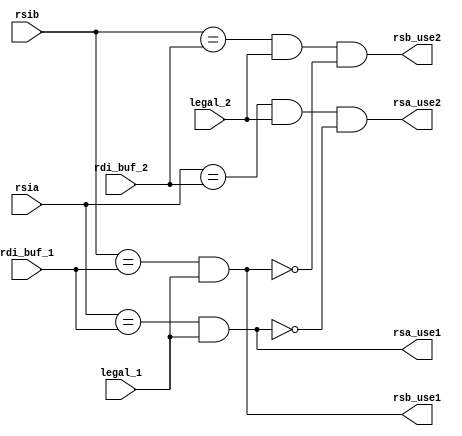
module forward_ctrl (
    rsia,
    rsib,
    rdi_buf_1,
    legal_1,
    rdi_buf_2,
    legal_2,
    rsa_use1,
    rsa_use2,
    rsb_use1,
    rsb_use2);

    input [4:0] rsia;
    input [4:0] rsib;
    input [4:0] rdi_buf_1;
    input legal_1;
    input [4:0] rdi_buf_2;
    input legal_2;
    output rsa_use1;
    output rsa_use2;
    output rsb_use1;
    output rsb_use2;

    assign rsa_use1 = (rsia == rdi_buf_1) & legal_1;
    assign rsa_use2 = (rsia == rdi_buf_2) & legal_2 & (~rsa_use1);

    assign rsb_use1 = (rsib == rdi_buf_1) & legal_1;
    assign rsb_use2 = (rsib == rdi_buf_2) & legal_2 & (~rsb_use1);


endmodule